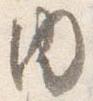
内